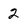
Character: 2